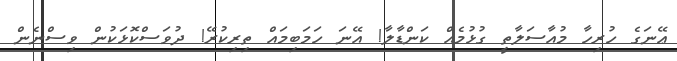
ޢޭނަގެ ހުރިހާ މުއާސަލާތީ ގުޅުމެއް ކަންޑާލާ! އޭނަ ހަމަބިމައް ތިރިކުރޭ! ދުވަސްކޮޅަކުން ވިސްނެން